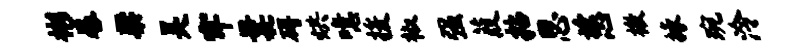
彬晷梁吴牢曩碍烘噫援椒强葭拈思慈檄掾琬泠